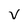
Character: V